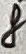
Text: 8